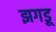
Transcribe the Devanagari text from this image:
झगडू